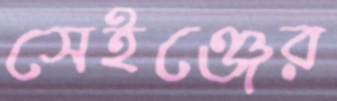
সেইঞ্জের